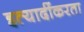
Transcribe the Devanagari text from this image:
इत्यादींकरता